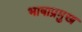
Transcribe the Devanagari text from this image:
भाषाप्रमुख